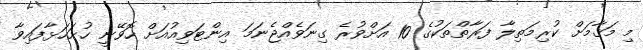
މި މަޤާމަށް ކުރިމަތިލާ ފަރާތްތަކުގެ 10 އަށްވުރެ ގިނަވެއްޖެނަމަ އިންޓަވިއުއަށް ހޮވޭނީ ހުށަހަޅާފައިވާ